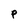
Character: P